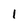
Character: l